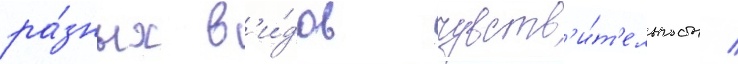
ра́зных в'и́дов чувств'и́т'ельность /